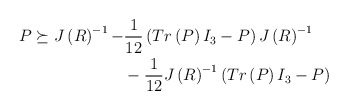
\begin{align*}\begin{aligned}P \succeq J \left( R \right)^{-1} -&\frac{1}{12} \left( Tr \left( P \right) I_3 - P \right) J \left( R \right)^{-1} \\&-\frac{1}{12} J \left( R \right)^{-1} \left( Tr \left( P \right) I_3 - P \right) \end{aligned}\end{align*}